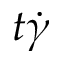
t \dot { \gamma }